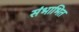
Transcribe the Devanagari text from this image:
संभाभित